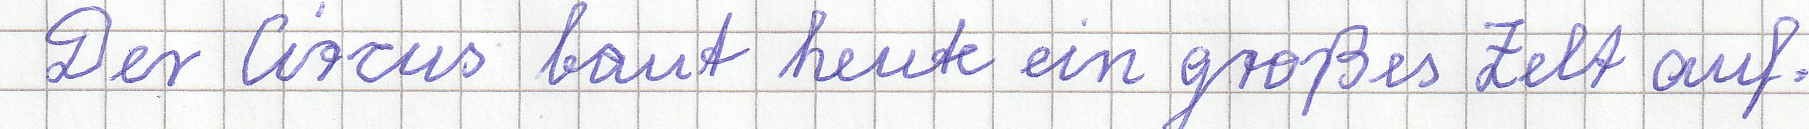
Der Circus baut heute ein großes Zelt auf.